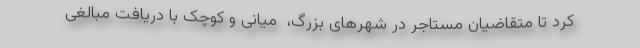
کرد تا متقاضیان مستاجر در شهرهای بزرگ، ‌ میانی و کوچک با دریافت مبالغی